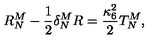
R _ { N } ^ { M } - \frac { 1 } { 2 } \delta _ { N } ^ { M } R = \frac { \kappa _ { 6 } ^ { 2 } } { 2 } T _ { N } ^ { M } ,